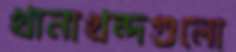
খানাখন্দগুলো